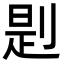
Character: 㓳